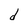
Character: d